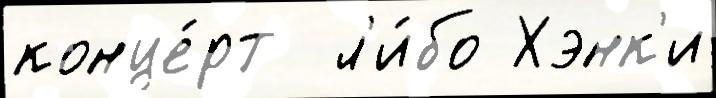
конце́рт  л'и́бо Хэнк'и